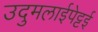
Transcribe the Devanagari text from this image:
उदुमलाईपेट्टई